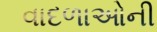
વાદળાઓની